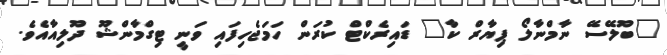
"ބޫލޭސޭ ނާމްނާލޯ ޕިޔާރް ކާ" ޑައިރެކްޓް ކުރަން ހަމަޖެހިފައި ވަނީ ޓިގްމާންޝޫ ދޫލިއާއެވެ.